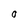
Character: O